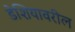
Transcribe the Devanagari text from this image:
डेशियावरील